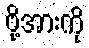
ဗို့အားကို